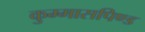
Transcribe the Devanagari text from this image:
कुम्मासपिण्ड